Annual vaccination report of Bihar and Orissa - 1911-1928
Year: 1911
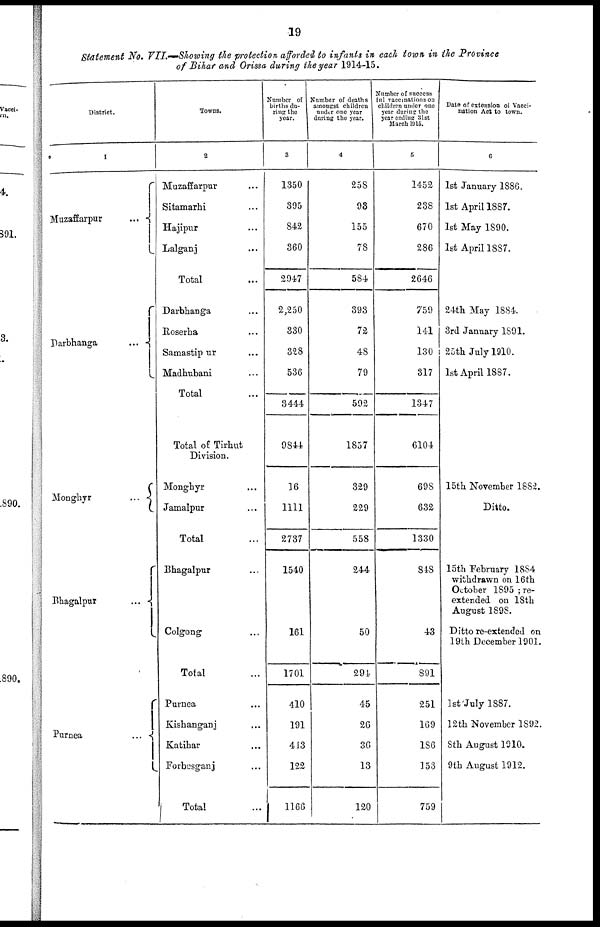
19
Statement No. VII.—Showing the protection afforded to infants in each town in the Province
of Bihar and Orissa during the year 1914-15.
District.
1
Muzaffarpur
...
Darbhanga
...
Monghyr
...
Bhagalpur
...
Purnea
...
Towns.
2
Muzaffarpur ...
Sitamarhi ...
Hajipur ...
Lalganj ...
Total ...
Darbhanga ...
Roserha ...
Samastipur ...
Madhubani ...
Total ...
Total of Tirhut
Division.
Monghyr ...
Jamalpur ...
Total ...
Bhagalpur ...
Colgong ...
Total ...
Purnea ...
Kishanganj ...
Katihar ...
Forbesganj ...
Total ...
Number of
births da-
ring the
year.
3
1350
395
842
360
2947
2,250
330
328
536
3444
9844
16
1111
2737
1540
161
1701
410
191
443
122
1166
Number of deaths
amongst children
under one year
during the year.
4
258
98
155
78
584
393
72
48
79
592
1857
329
229
558
244
50
294
45
26
36
13
120
Number of success
ful vaccinations on
children under one
year during the
year ending 31st
March 1915.
5
1452
238
670
286
2646
759
141
130
317
1347
6104
698
632
1330
848
43
891
251
169
186
153
759
Date of extension of Vacci-
nation Act to town.
6
1st January 1886.
1st April 1887.
1st May 1890.
1st April 1887.
24th May 1884.
3rd January 1891.
25th July 1910.
1st April 1887.
15th November 1882.
Ditto.
15th February 1884
withdrawn on 16th
October 1895 ; re¬
extended on 18th
August 1898.
Ditto re-extended on
19th December 1901.
1st July 1887.
12th November 1892.
8th August 1910.
9th August 1912.